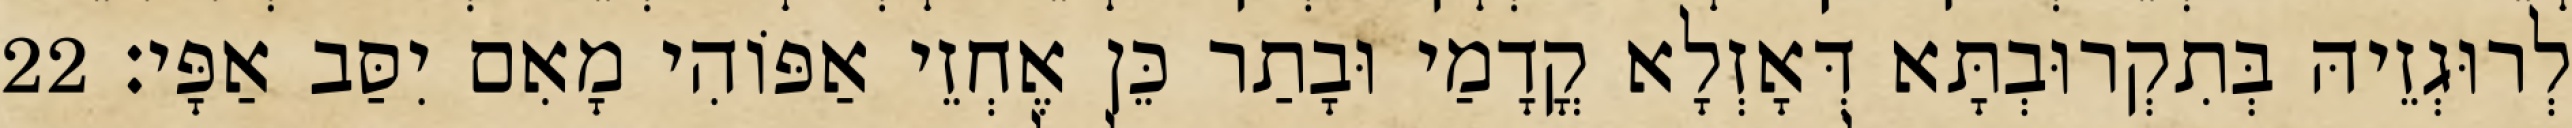
לְרוּגְזֵיהּ בְּתִקְרוּבְתָּא דְּאָזְלָא קֳדָמַי וּבָתַר כֵּן אֶחְזֵי אַפּוֹהִי מָאִם יִסַּב אַפָּי׃ 22